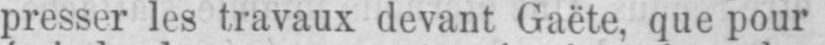
presser les travaux devant Gaëte, que pour